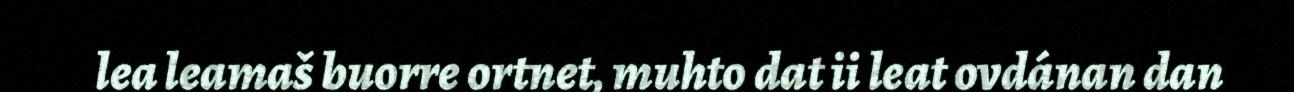
lea leamaš buorre ortnet, muhto dat ii leat ovdánan dan